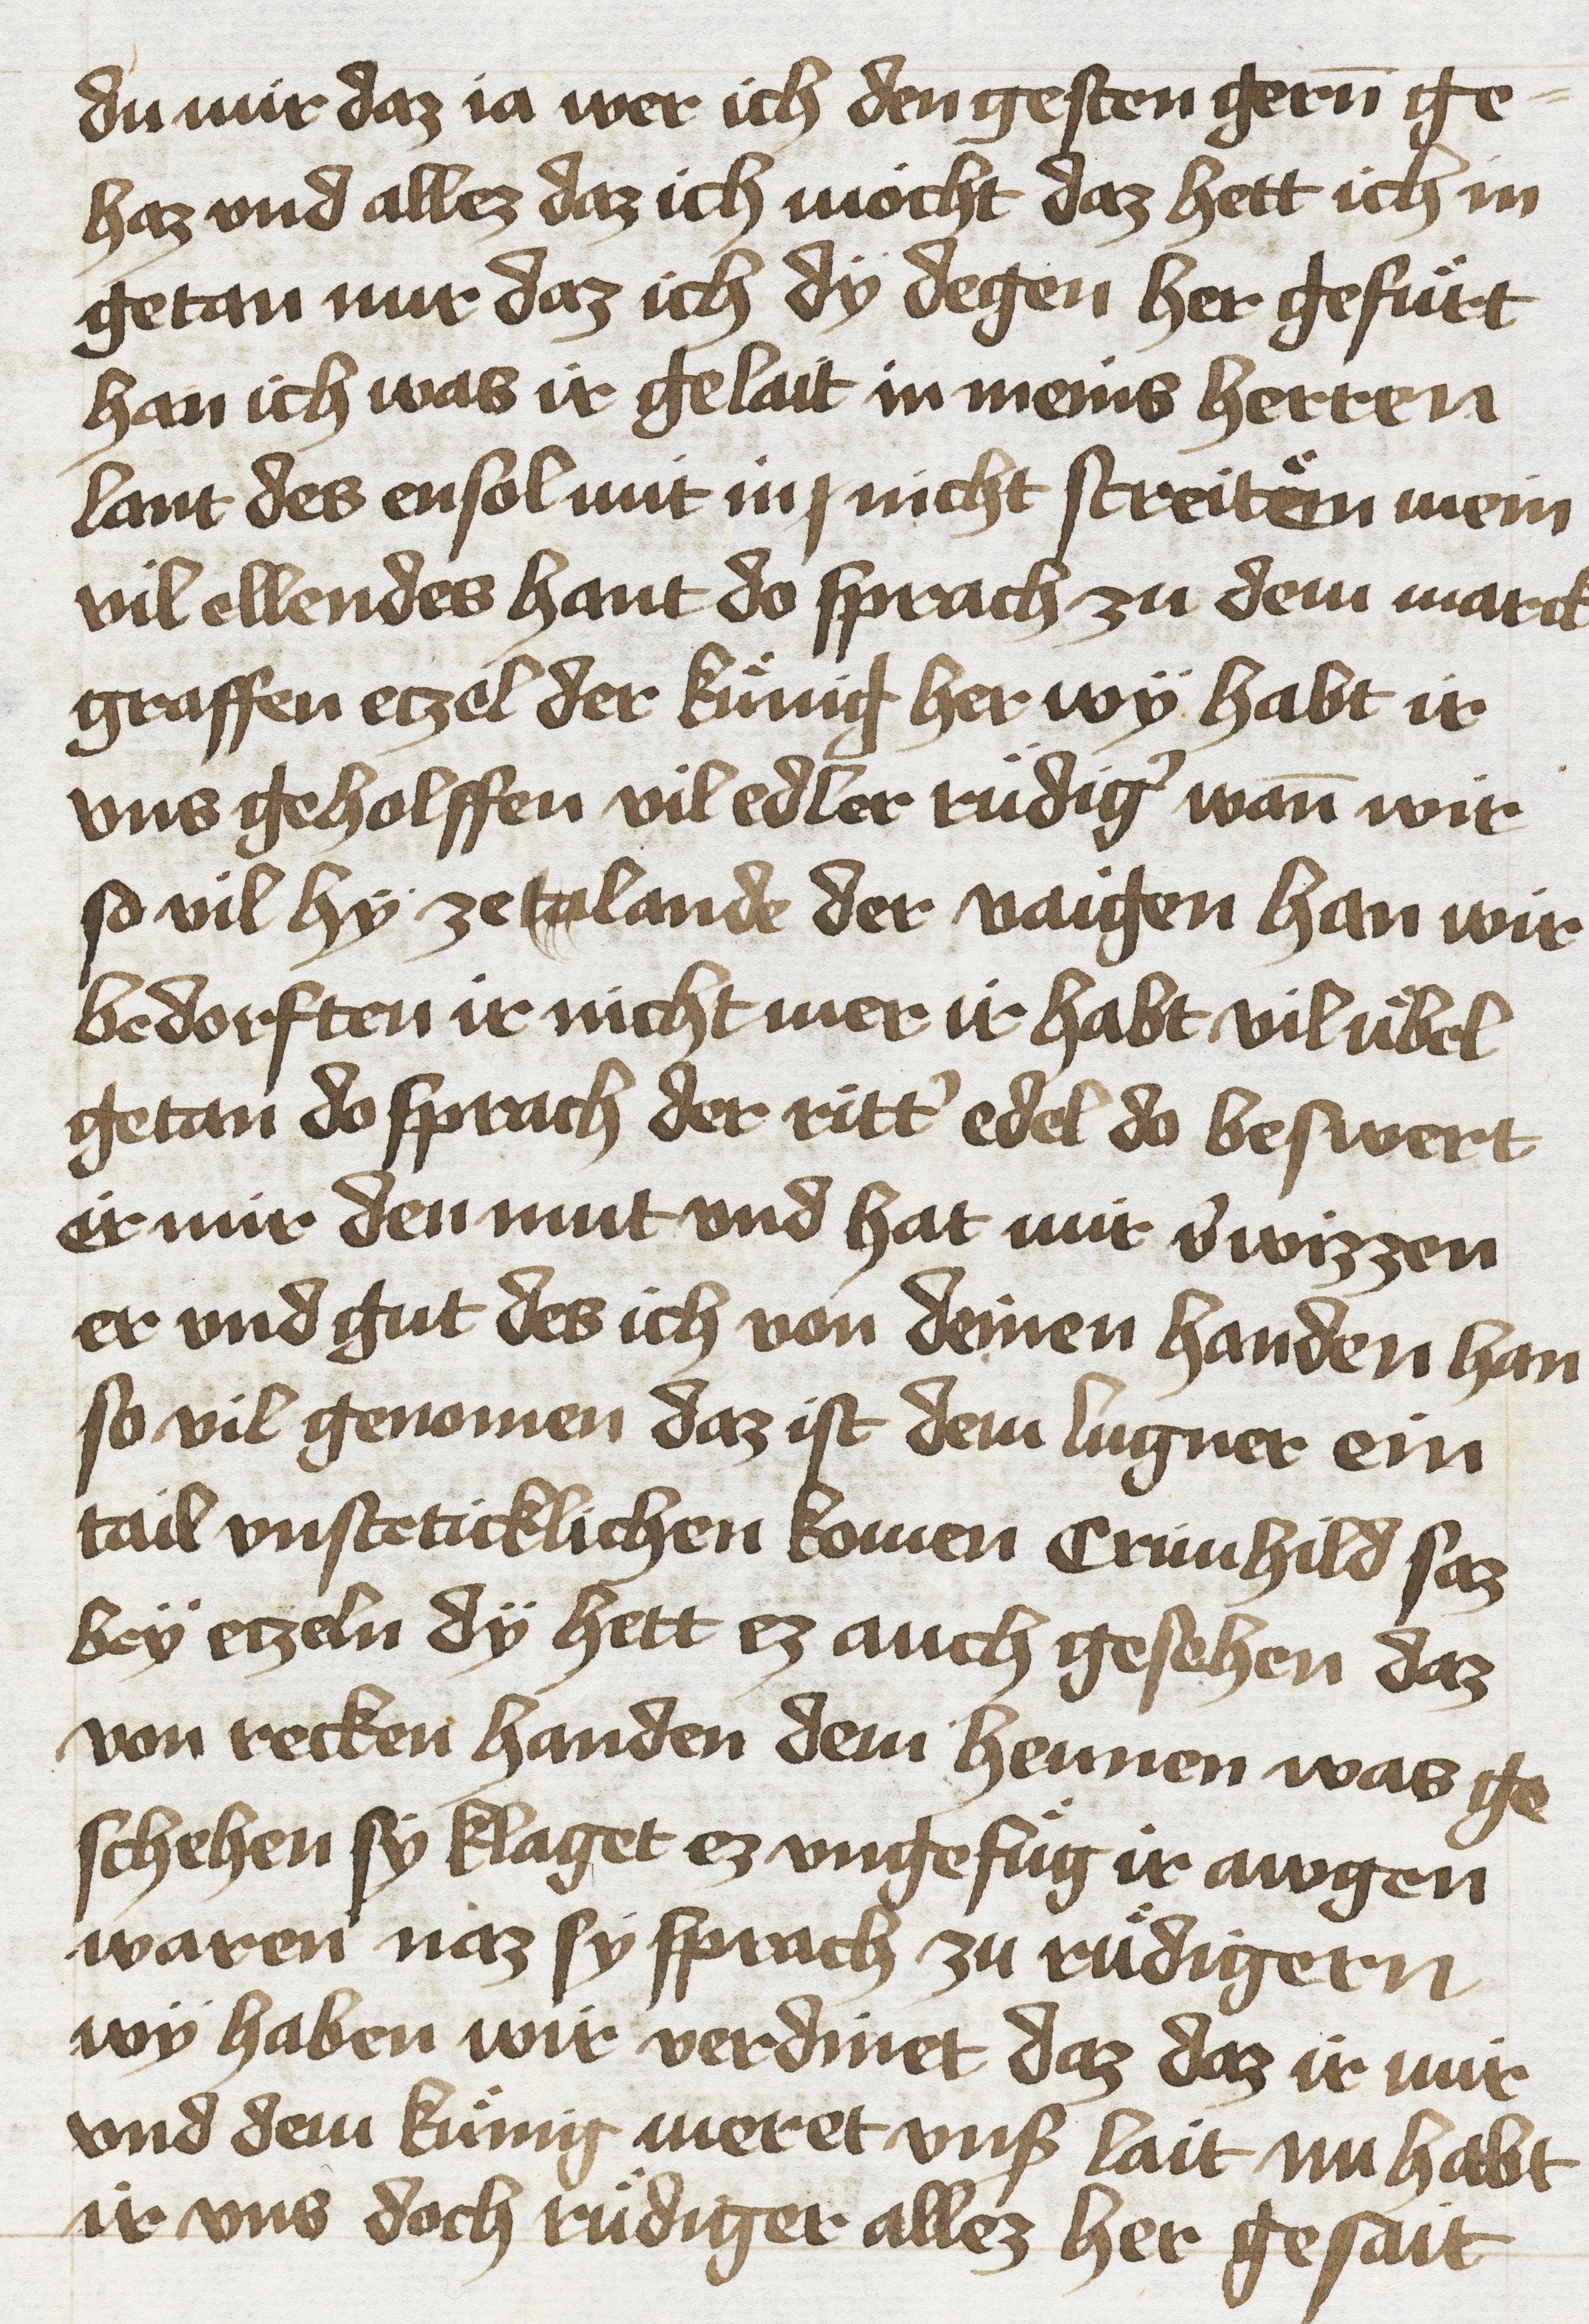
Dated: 1425–1449